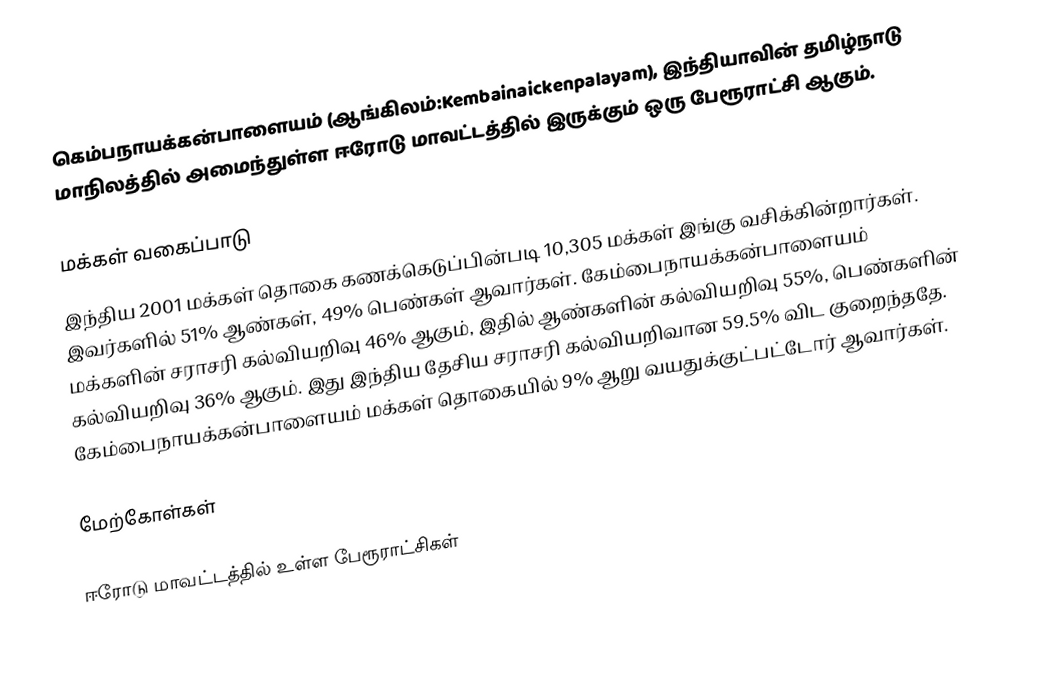
கெம்பநாயக்கன்பாளையம் (ஆங்கிலம்:Kembainaickenpalayam), இந்தியாவின் தமிழ்நாடு மாநிலத்தில் அமைந்துள்ள ஈரோடு மாவட்டத்தில் இருக்கும் ஒரு பேரூராட்சி ஆகும்.

மக்கள் வகைப்பாடு
இந்திய 2001 மக்கள் தொகை கணக்கெடுப்பின்படி 10,305 மக்கள் இங்கு வசிக்கின்றார்கள். இவர்களில் 51% ஆண்கள், 49% பெண்கள் ஆவார்கள். கேம்பைநாயக்கன்பாளையம் மக்களின் சராசரி கல்வியறிவு 46% ஆகும்,  இதில் ஆண்களின் கல்வியறிவு 55%,  பெண்களின் கல்வியறிவு 36% ஆகும். இது இந்திய தேசிய சராசரி கல்வியறிவான 59.5% விட குறைந்ததே. கேம்பைநாயக்கன்பாளையம் மக்கள் தொகையில் 9%  ஆறு வயதுக்குட்பட்டோர் ஆவார்கள்.

மேற்கோள்கள்

ஈரோடு மாவட்டத்தில் உள்ள பேரூராட்சிகள்